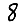
Digit: 8